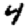
Digit: 4